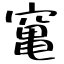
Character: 𥧄